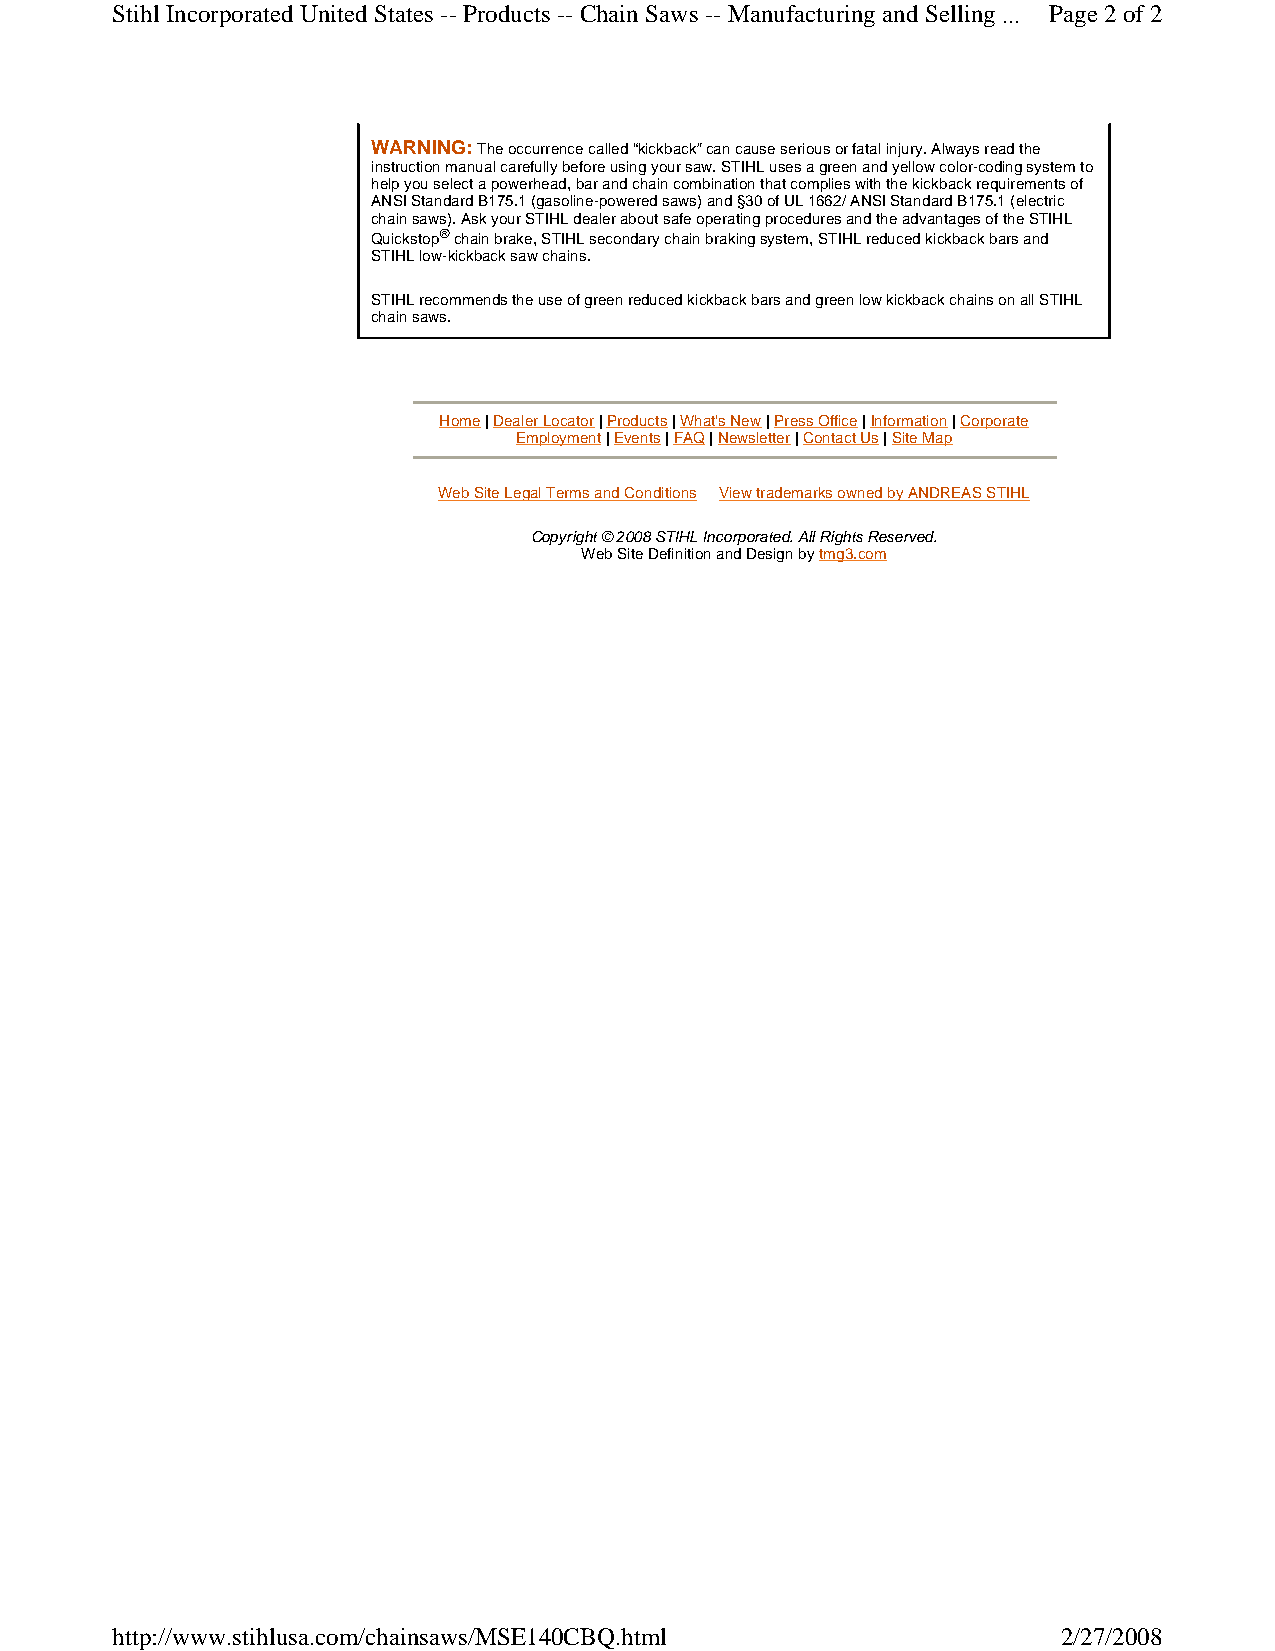
Stihl Incorporated UnitedStates -- Products --ChainSaws --ManufacturingandSelling ... Page 2of2
 WARNING:Theoccurrencecalled“kickback”cancauseseriousorfatalinjury.Alwaysreadthe
 instructionmanualcarefullybeforeusingyoursaw.STIHLusesagreenandyellowcolor-codingsystemto
 helpyouselectapowerhead,barandchaincombinationthatcomplieswiththekickbackrequirementsof
 ANSIStandardB175.1(gasoline-poweredsaws)and§30ofUL1662/ANSIStandardB175.1(electric
 chainsaws).AskyourSTIHLdealeraboutsafeoperatingproceduresandtheadvantagesoftheSTIHL
 Quickstop®chainbrake,STIHLsecondarychainbrakingsystem,STIHLreducedkickbackbarsand
 STIHLlow-kickbacksawchains.
 STIHLrecommendstheuseofgreenreducedkickbackbarsandgreenlowkickbackchainsonallSTIHL
 chainsaws.
 Home|DealerLocator|Products|What'sNew|PressOffice|Information|Corporate
 Employment|Events|FAQ|Newsletter|ContactUs|SiteMap
 WebSiteLegalTermsandConditions ViewtrademarksownedbyANDREASSTIHL
 Copyright©2008STIHLIncorporated.AllRightsReserved.
 WebSiteDefinitionandDesignbytmg3.com
 http://www.stihlusa.com/chainsaws/MSE140CBQ.html               2/27/2008